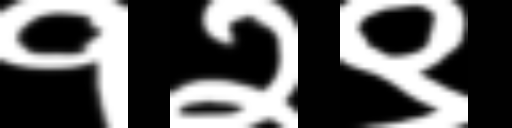
Text: १२९